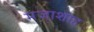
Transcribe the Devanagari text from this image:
मजाशाह